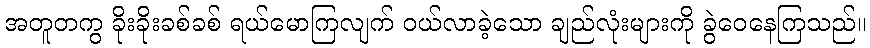
အတူတကွ ခိုးခိုးခစ်ခစ် ရယ်မောကြလျက် ဝယ်လာခဲ့သော ချည်လုံးများကို ခွဲဝေနေကြသည်။